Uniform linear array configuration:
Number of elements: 32
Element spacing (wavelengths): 0.25
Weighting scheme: blackman
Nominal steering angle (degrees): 60
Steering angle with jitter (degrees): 58.504
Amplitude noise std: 0.05
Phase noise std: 0.05

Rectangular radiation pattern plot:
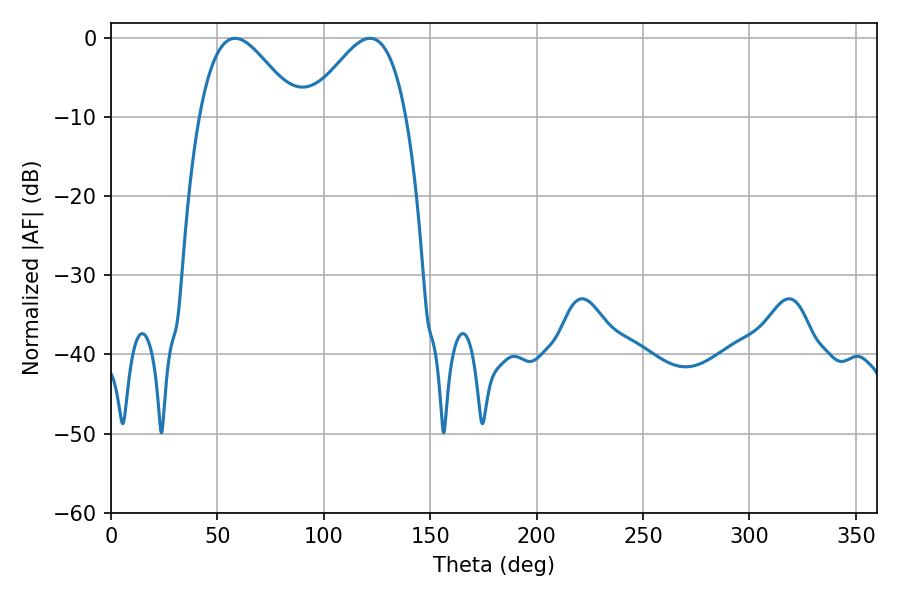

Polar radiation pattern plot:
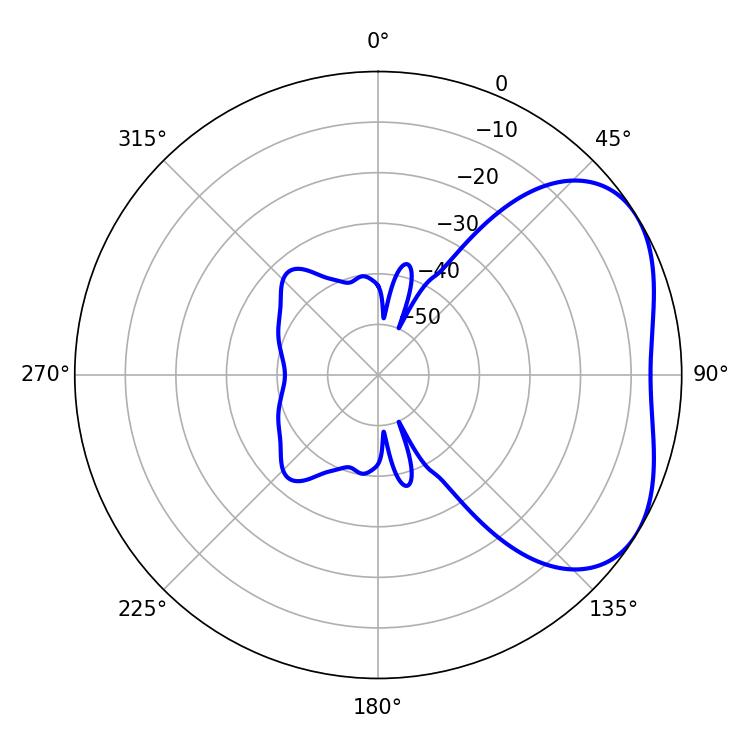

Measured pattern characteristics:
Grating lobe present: FALSE
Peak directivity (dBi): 3.787
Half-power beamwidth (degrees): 24.66
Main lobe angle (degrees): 121.68